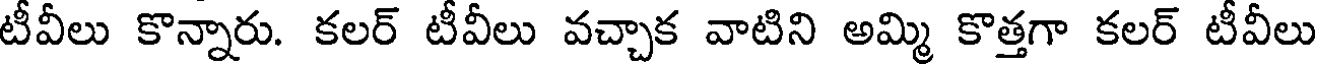
టీవీలు కొన్నారు. కలర్ టీవీలు వచ్చాక వాటిని అమ్మి కొత్తగా కలర్ టీవీలు